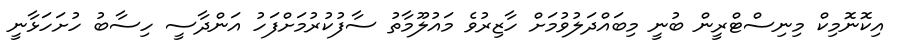
އިކޮނޮމިކް މިނިސްޓްރީން ބުނީ މިބައްދަލުވުމަށް ހާޒިރުވެ މައުލޫމާތު ސާފުކުރުމަށްފަހު އަންދާސީ ހިސާބު ހުށަހަޅާނީ